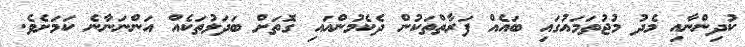
ކުދިންނާއި މެދު މުޖުތަމައުގައި ބައެއް ފަރާތްތަކުން ދެކެމުންއައި ގޮތަށް ބަދަލުތަކެއް އަންނަނާނެ ކަމަށެވެ.